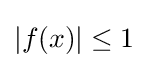
{\textstyle |f(x)|\leq 1}